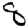
Digit: 8